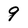
Character: 9